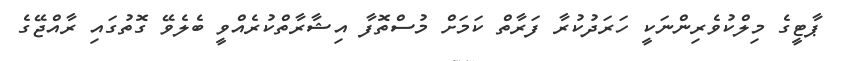
ޕާޓީގެ މިލްކުވެރިންނަކީ ހަރަދުކުރާ ފަރާތް ކަމަށް މުސްތޮފާ އިޝާރާތްކުރެއްވީ ބެލެވޭ ގޮތުގައި ރާއްޖޭގެ